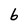
Character: 6